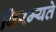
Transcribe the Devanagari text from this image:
विरम्यते